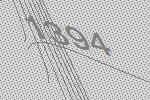
1394